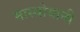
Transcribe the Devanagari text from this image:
मास्त्रोयानी